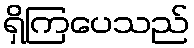
ရှိကြပေသည်